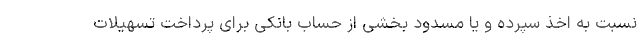
نسبت به اخذ سپرده و یا مسدود بخشی از حساب بانکی برای پرداخت تسهیلات